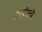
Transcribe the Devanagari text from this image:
रणबीरचे